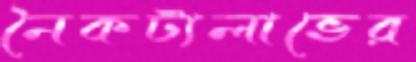
নৈকট্যলাভের